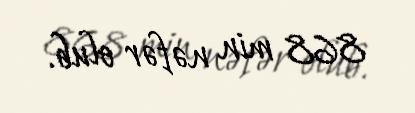
868 min nəfər olub.